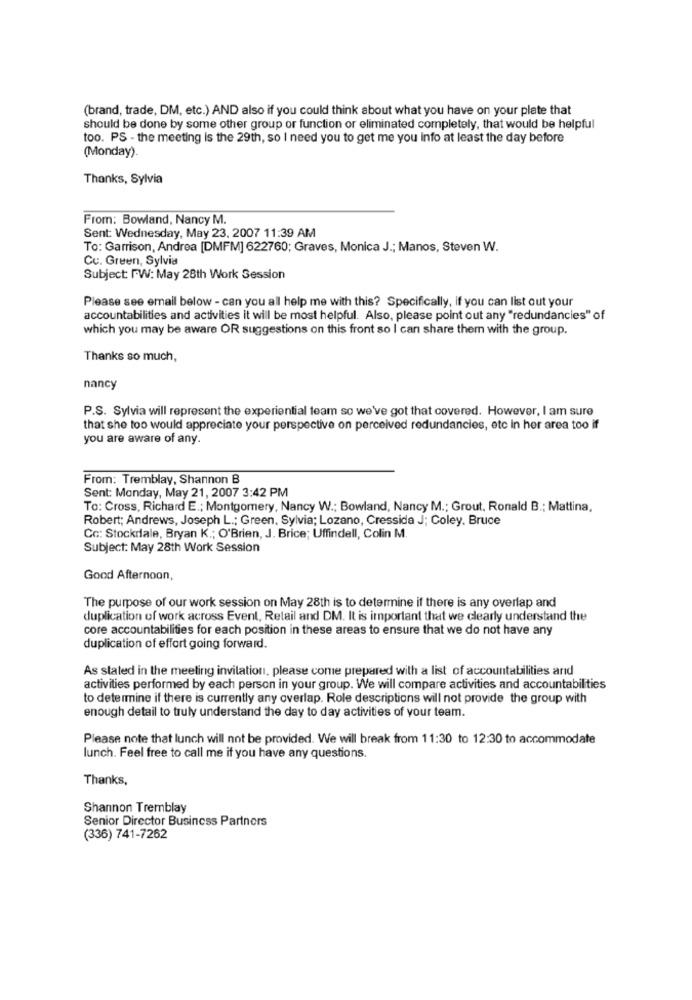
(brand, trade, DM, etc.) AND also if you could think about what you have on your plate that
should be done by some other group or function or eliminated completely, that would be helpful
too. PS - the meeting is the 29th, so I need you to get me you Info at least the day before
(Monday).
Thanks, Sylvia
From: Bowland, Nancy M.
Sent: Wednesday, May 23, 2007 11:39 AM
To: Garrison, Andrea [DMFM] 622760; Graves, Monica J .; Manos, Steven W.
Cu. Green, Sylvia
Subject: FW: May 28th Work Session
Please see email below - can you all help me with this? Specifically, If you can list out your
accountabilities and activities it will be most helpful. Also, please point out any "redundancies" of
which you may be aware OR suggestions on this front so I can share them with the group.
Thanks so much,
nancy
P.S. Sylvia will represent the experiential team so we've got that covered. However, I am sure
that she too would appreciate your perspective on perceived redundancies, etc in her area too if
you are aware of any.
From: Tremblay, Shannon B
Sent: Monday, May 21, 2007 3:42 PM
To: Cross, Richard E .; Montgomery, Nancy W .; Bowland, Nancy M .; Grout, Ronald B .; Mattina,
Robert; Andrews, Joseph L .; Green, Sylvia; Lozano, Cressida J; Coley, Bruce
Cc: Stockdale, Bryan K .; O'Brien, J. Brice; Uffindell, Colin M
Subject: May 28th Work Session
Good Afternoon,
The purpose of our work session on May 28th is to determine if there is any overlap and
duplication of work across Event, Retail and DM. It is important that we clearly understand the
core accountabilities for each position in these areas to ensure that we do not have any
duplication of effort going forward.
As stated in the meeting invitation, please come prepared with a list of accountabilities and
activities performed by each person in your group. We will compare activities and accountabilities
to determine if there is currently any overlap. Role descriptions will not provide the group with
enough detail to truly understand the day to day activities of your team.
Please note that lunch will not be provided. We will break from 11:30 to 12:30 to accommodate
lunch. Feel free to call me if you have any questions.
Thanks,
Shannon Tremblay
Senior Director Business Partners
(336) 741-7262